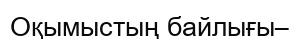
Оқымыстың байлығы–